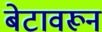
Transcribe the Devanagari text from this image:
बेटावरून